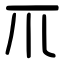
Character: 𥘅